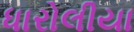
ધારોલીયા